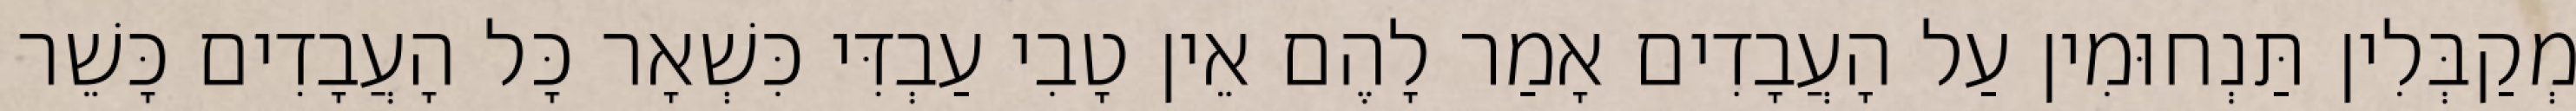
מְקַבְּלִין תַּנְחוּמִין עַל הָעֲבָדִים אָמַר לָהֶם אֵין טָבִי עַבְדִּי כִּשְׁאָר כָּל הָעֲבָדִים כָּשֵׁר